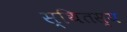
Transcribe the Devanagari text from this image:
स्थितस्य